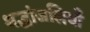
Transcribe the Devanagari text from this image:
श्रद्धांजलियाँ